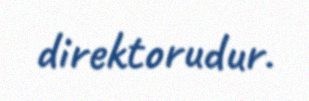
direktorudur.